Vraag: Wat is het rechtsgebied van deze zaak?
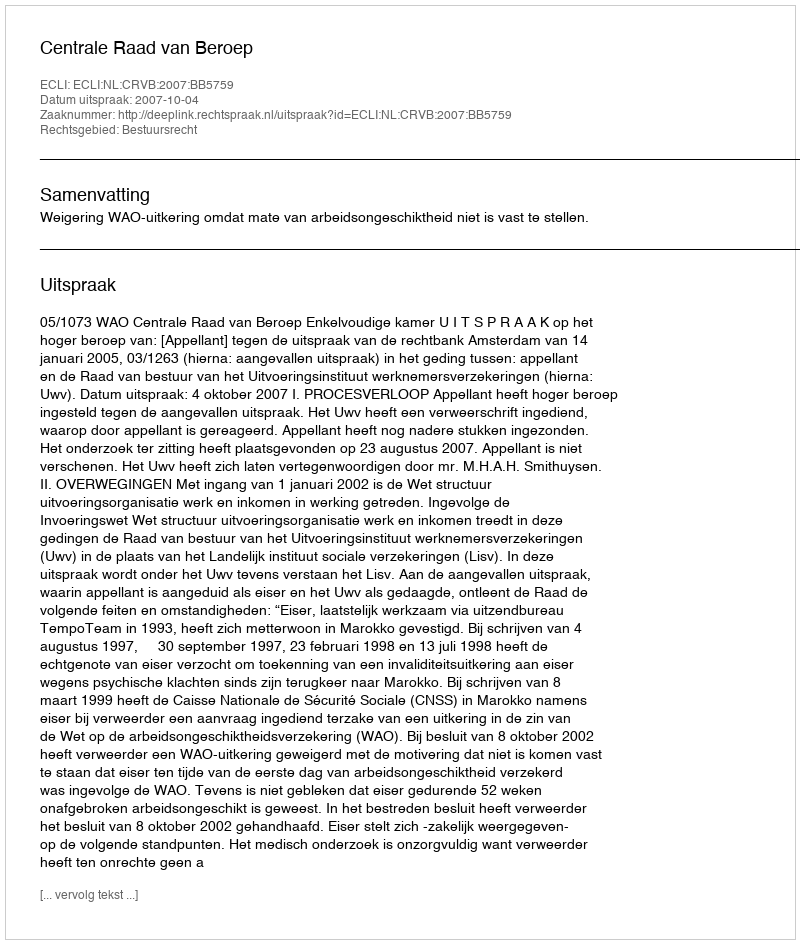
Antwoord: Bestuursrecht